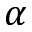
\alpha